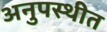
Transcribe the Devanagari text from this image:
अनुपस्थीत